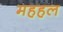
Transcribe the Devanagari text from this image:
महहल